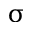
\upsigma